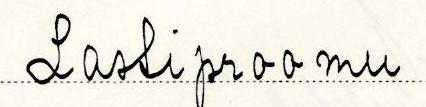
Lastiproomu